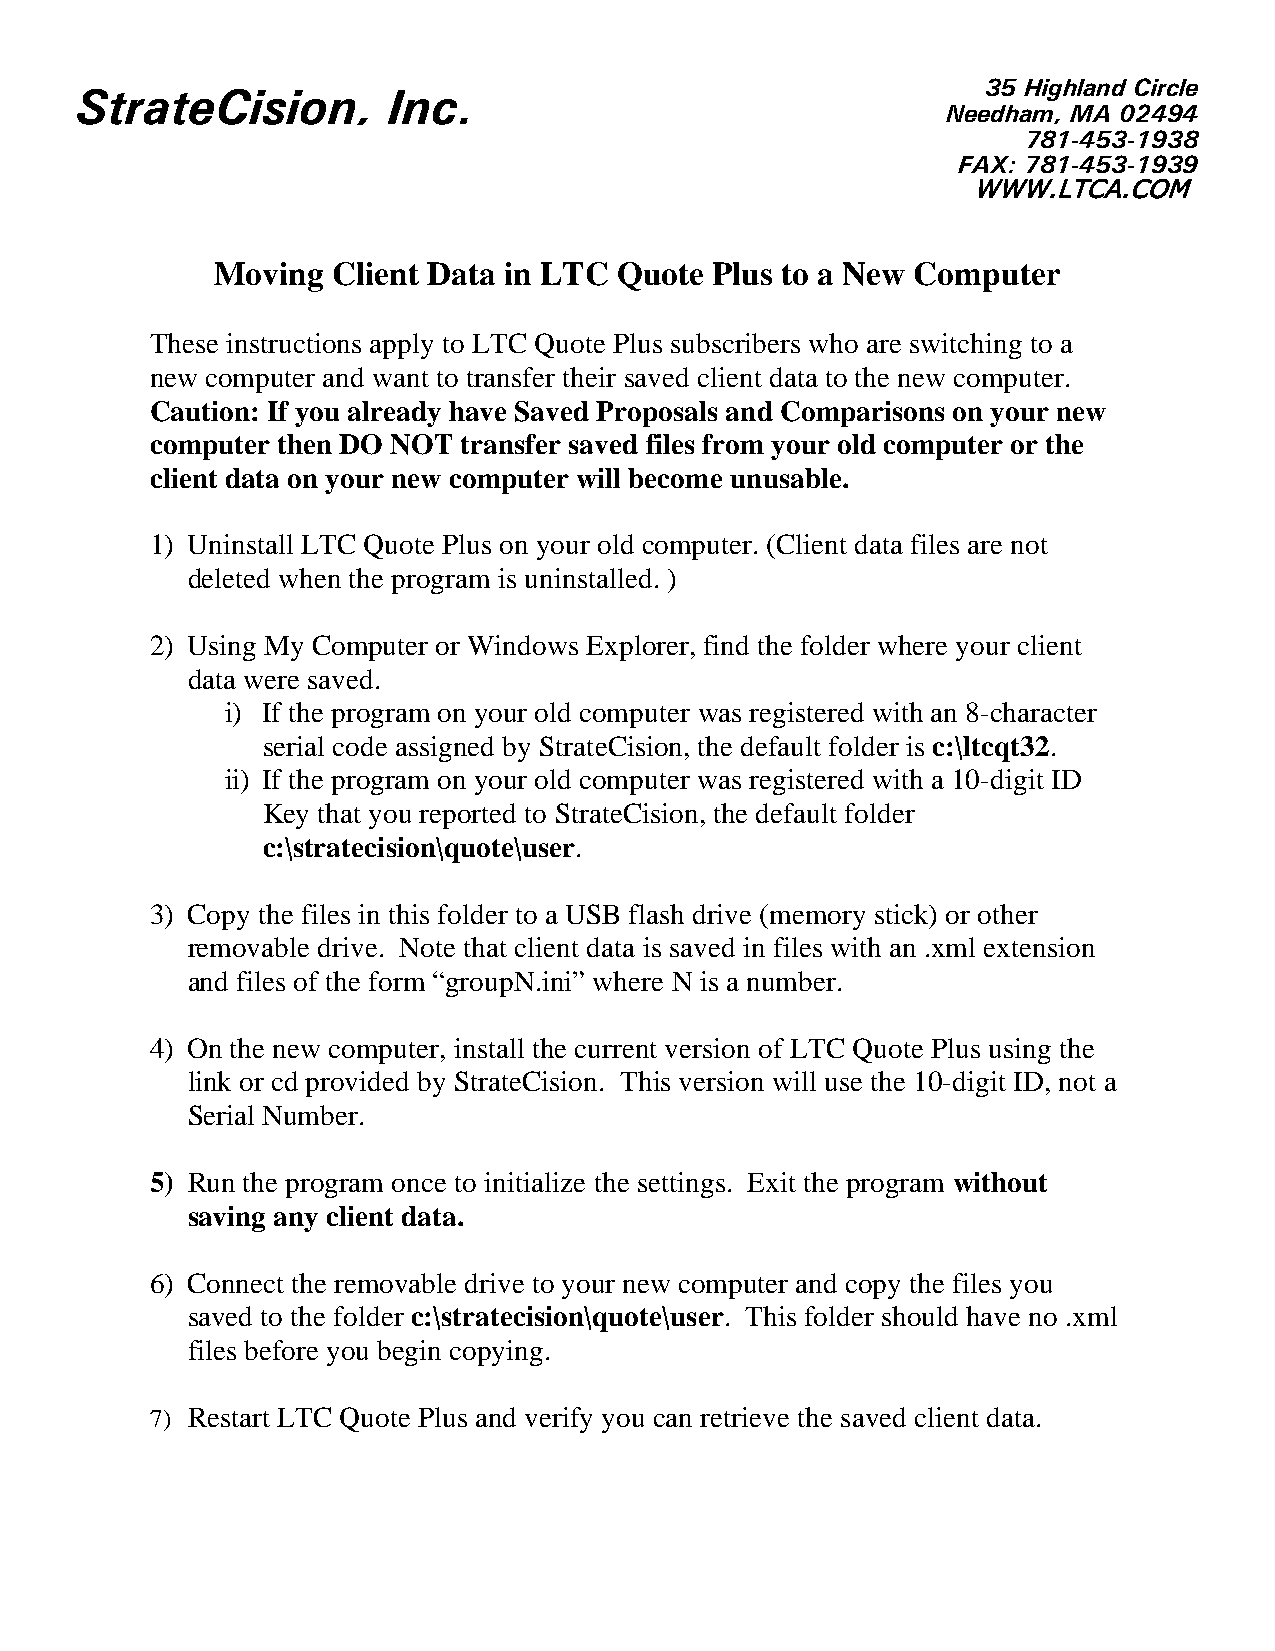
StrateCision,        Inc.
 35 Highland Circle
 Needham, MA 02494
 781-453-1938
 FAX: 781-453-1939
 WWW.LTCA.COM
 Moving  Client Data in LTC Quote Plus to a New Computer
 These instructions apply to LTC Quote Plus subscribers who are switching to a
 new computer and want to transfer their saved client data to the new computer.
 Caution: If you already have Saved Proposals and Comparisons on your new
 computer then DO NOT transfer saved files from your old computer or the
 client data on your new computer will become unusable.
 1) Uninstall LTC Quote Plus on your old computer. (Client data files are not
 deleted when the program is uninstalled. )
 2) Using My Computer or Windows Explorer, find the folder where your client
 data were saved.
 i) If the program on your old computer was registered with an 8-character
 serial code assigned by StrateCision, the default folder is c:\ltcqt32.
 ii) If the program on your old computer was registered with a 10-digit ID
 Key that you reported to StrateCision, the default folder
 c:\stratecision\quote\user.
 3) Copy the files in this folder to a USB flash drive (memory stick) or other
 removable drive. Note that client data is saved in files with an .xml extension
 and files of the form “groupN.ini” where N is a number.
 4) On the new computer, install the current version of LTC Quote Plus using the
 link or cd provided by StrateCision. This version will use the 10-digit ID, not a
 Serial Number.
 5) Run the program once to initialize the settings. Exit the program without
 saving any client data.
 6) Connect the removable drive to your new computer and copy the files you
 saved to the folder c:\stratecision\quote\user. This folder should have no .xml
 files before you begin copying.
 7) Restart LTC Quote Plus and verify you can retrieve the saved client data.